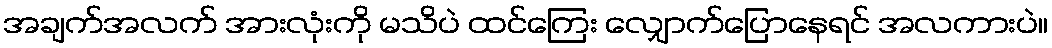
အချက်အလက် အားလုံးကို မသိပဲ ထင်ကြေး လျှောက်ပြောနေရင် အလကားပဲ။